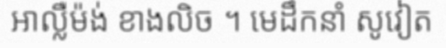
អាល្លឺម៉ង់ ខាងលិច ។ មេដឹកនាំ សូវៀត